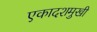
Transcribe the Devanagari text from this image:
एकादशमुखी